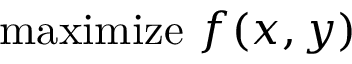
{ \mathrm { m a x i m i z e } } \ f ( x , y )